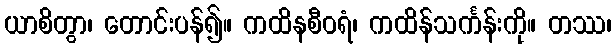
ယာစိတွာ၊ တောင်းပန်၍။ ကထိနစီဝရံ၊ ကထိန်သင်္ကန်းကို။ တဿ၊